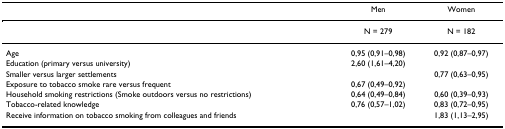
<table><thead><tr><td></td><td><b>Men</b></td><td><b>Women</b></td></tr></thead><tbody><tr><td></td><td>N = 279</td><td>N = 182</td></tr><tr><td>Age</td><td>0,95 (0,91–0,98)</td><td>0,92 (0,87–0,97)</td></tr><tr><td>Education (primary versus university)</td><td>2,60 (1,61–4,20)</td><td></td></tr><tr><td>Smaller versus larger settlements</td><td></td><td>0,77 (0,63–0,95)</td></tr><tr><td>Exposure to tobacco smoke rare versus frequent</td><td>0,67 (0,49–0,92)</td><td></td></tr><tr><td>Household smoking restrictions (Smoke outdoors versus no restrictions)</td><td>0,64 (0,49–0,84)</td><td>0,60 (0,39–0,93)</td></tr><tr><td>Tobacco-related knowledge</td><td>0,76 (0,57–1,02)</td><td>0,83 (0,72–0,95)</td></tr><tr><td>Receive information on tobacco smoking from colleagues and friends</td><td></td><td>1,83 (1,13–2,95)</td></tr></tbody></table>